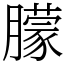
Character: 朦